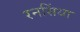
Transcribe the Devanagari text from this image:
रनसिंधा